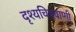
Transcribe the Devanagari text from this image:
दृश्यचित्रवाणी